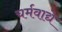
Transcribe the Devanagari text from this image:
चर्मवाद्ये